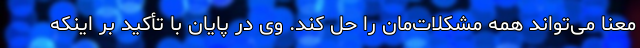
معنا می‌تواند همه مشکلات‌مان را حل کند. وی در پایان با تأکید بر اینکه